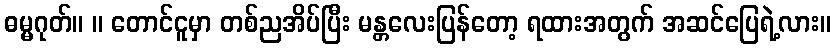
ဓမ္မဂုတ်။ ။ တောင်ငူမှာ တစ်ညအိပ်ပြီး မန္တလေးပြန်တော့ ရထားအတွက် အဆင်ပြေရဲ့လား။